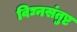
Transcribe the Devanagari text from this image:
विघ्नसंतुष्ट